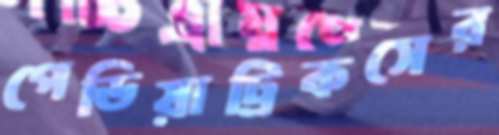
পেডিয়াট্রিকসের